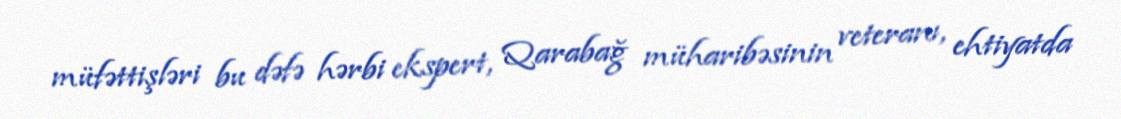
müfəttişləri bu dəfə hərbi ekspert, Qarabağ müharibəsinin veteranı, ehtiyatda